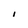
Character: I